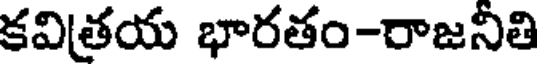
కవిత్రయ భారతం-రాజనితి